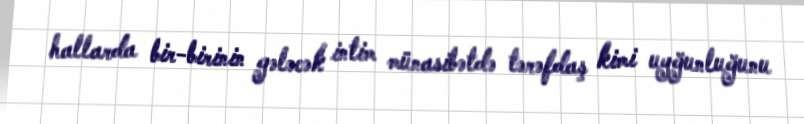
hallarda bir-birinin gələcək intim münasibətdə tərəfdaş kimi uyğunluğunu